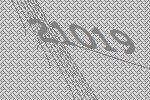
21019